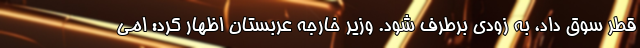
قطر سوق داد، به زودی برطرف شود. وزیر خارجه عربستان اظهار کرد: امی